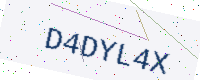
Text: D4DYL4X